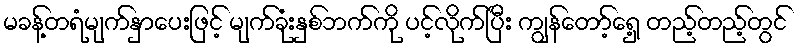
မခန့်တရံမျက်နှာပေးဖြင့် မျက်ခုံးနှစ်ဘက်ကို ပင့်လိုက်ပြီး ကျွန်တော့်ရှေ့ တည့်တည့်တွင်